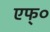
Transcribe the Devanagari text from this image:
एफ्‌०